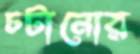
চটানোর